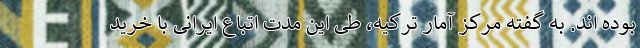
بوده اند. به گفته مرکز آمار ترکیه، طی این مدت اتباع ایرانی با خرید